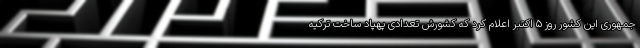
جمهوری این کشور روز ۵ اکتبر اعلام کرد که کشورش تعدادی پهپاد ساخت ترکیه